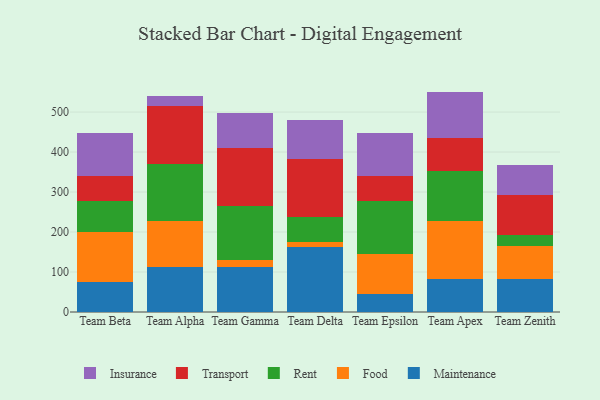
{"axis": {"x": "Team", "y": "Headcount"}, "legend": ["Food", "Insurance", "Maintenance", "Rent", "Transport"], "data": [{"x": "Team Beta", "y": 75.6, "type": "Maintenance"}, {"x": "Team Beta", "y": 125.1, "type": "Food"}, {"x": "Team Beta", "y": 77.7, "type": "Rent"}, {"x": "Team Beta", "y": 60.8, "type": "Transport"}, {"x": "Team Beta", "y": 108.9, "type": "Insurance"}, {"x": "Team Alpha", "y": 111.5, "type": "Maintenance"}, {"x": "Team Alpha", "y": 116.1, "type": "Food"}, {"x": "Team Alpha", "y": 142.4, "type": "Rent"}, {"x": "Team Alpha", "y": 145.9, "type": "Transport"}, {"x": "Team Alpha", "y": 24.9, "type": "Insurance"}, {"x": "Team Gamma", "y": 112.8, "type": "Maintenance"}, {"x": "Team Gamma", "y": 16.0, "type": "Food"}, {"x": "Team Gamma", "y": 135.1, "type": "Rent"}, {"x": "Team Gamma", "y": 146.0, "type": "Transport"}, {"x": "Team Gamma", "y": 88.4, "type": "Insurance"}, {"x": "Team Delta", "y": 161.7, "type": "Maintenance"}, {"x": "Team Delta", "y": 13.5, "type": "Food"}, {"x": "Team Delta", "y": 63.2, "type": "Rent"}, {"x": "Team Delta", "y": 143.9, "type": "Transport"}, {"x": "Team Delta", "y": 98.1, "type": "Insurance"}, {"x": "Team Epsilon", "y": 44.0, "type": "Maintenance"}, {"x": "Team Epsilon", "y": 102.0, "type": "Food"}, {"x": "Team Epsilon", "y": 132.5, "type": "Rent"}, {"x": "Team Epsilon", "y": 60.8, "type": "Transport"}, {"x": "Team Epsilon", "y": 109.3, "type": "Insurance"}, {"x": "Team Apex", "y": 83.4, "type": "Maintenance"}, {"x": "Team Apex", "y": 143.8, "type": "Food"}, {"x": "Team Apex", "y": 124.7, "type": "Rent"}, {"x": "Team Apex", "y": 82.7, "type": "Transport"}, {"x": "Team Apex", "y": 116.5, "type": "Insurance"}, {"x": "Team Zenith", "y": 82.8, "type": "Maintenance"}, {"x": "Team Zenith", "y": 82.3, "type": "Food"}, {"x": "Team Zenith", "y": 27.9, "type": "Rent"}, {"x": "Team Zenith", "y": 100.8, "type": "Transport"}, {"x": "Team Zenith", "y": 73.7, "type": "Insurance"}]}